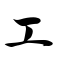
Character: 工